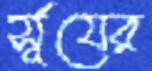
র্সূযের